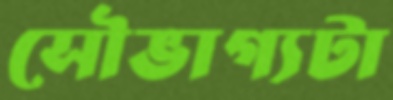
সৌভাগ্যটা